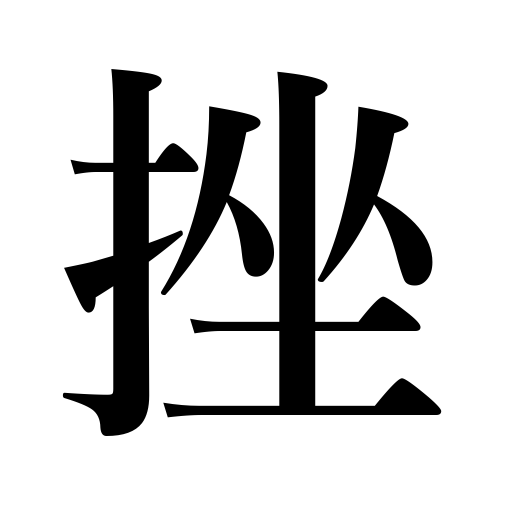
Meanings: dampenspirits,sprain,unnerve,break,dislocate,frustrate,crush